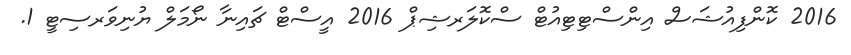
2016 ކޮންފިއުޝަސް އިންސްޓިޓިއުޓް ސްކޮލަރޝިޕް 2016 އީސްޓް ޗައިނާ ނޯމަލް ޔުނިވަރސިޓީ 1.